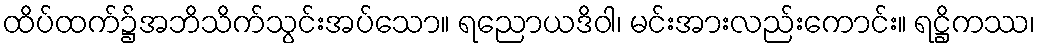
ထိပ်ထက်၌အဘိသိက်သွင်းအပ်သော။ ရညောယဒိဝါ၊ မင်းအားလည်းကောင်း။ ရဋ္ဌိကဿ၊